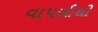
વાપસીથી